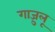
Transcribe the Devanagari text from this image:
गाज़ुलू